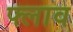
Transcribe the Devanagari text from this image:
फ्लाव